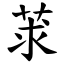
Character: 莍